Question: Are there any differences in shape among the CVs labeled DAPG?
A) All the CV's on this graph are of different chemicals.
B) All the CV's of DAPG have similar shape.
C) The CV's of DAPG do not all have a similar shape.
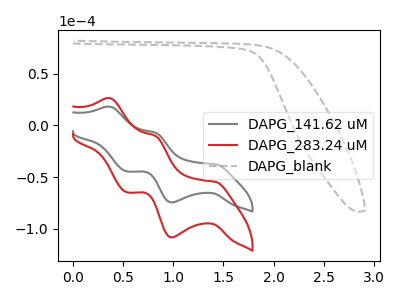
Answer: <think>The gray curve "DAPG_141.62 uM" has anodic peaks at (0.35V, 18.20uA) (0.80V, -7.00uA) and cathodic peaks at (1.40V, -37.55uA) (1.00V, -74.60uA) (0.55V, -44.55uA). The red curve "DAPG_283.24 uM" has anodic peaks at (0.35V, 26.45uA) (0.80V, -10.15uA) and cathodic peaks at (1.40V, -54.60uA) (1.00V, -108.50uA) (0.55V, -64.75uA). The gray dashed curve "DAPG_blank" has no peaks.
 All the peaks in "DAPG_141.62 uM" have a peak in "DAPG_283.24 uM" at the same potential. "DAPG_141.62 uM" and "DAPG_blank" have a different number of peaks. "DAPG_283.24 uM" and "DAPG_blank" have a different number of peaks.</think>
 <answer>B) All the CV's of "DAPG" have similar shape.</answer>
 <eval>B</eval>